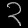
Digit: ၃